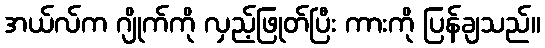
အယ်လ်က ဂျိုက်ကို လှည့်ဖြုတ်ပြီး ကားကို ပြန်ချသည်။